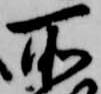
所